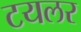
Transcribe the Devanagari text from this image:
टयलर